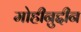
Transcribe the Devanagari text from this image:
मोहीनुद्दीन